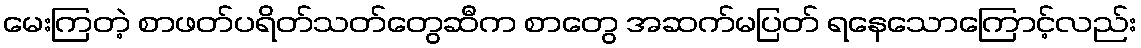
မေးကြတဲ့ စာဖတ်ပရိတ်သတ်တွေဆီက စာတွေ အဆက်မပြတ် ရနေသောကြောင့်လည်း